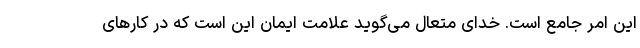
این امر جامع است. خدای متعال می‌گوید علامت ایمان این است که در کارهای